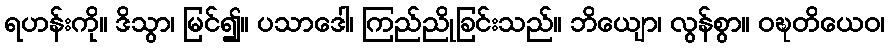
ရဟန်းကို။ ဒိသွာ၊ မြင်၍။ ပသာဒေါ၊ ကြည်ညိုခြင်းသည်။ ဘိယျော၊ လွန်စွာ။ ဝဍ္ဎတိယေဝ၊